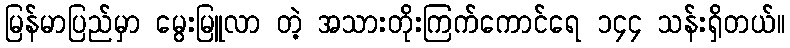
မြန်မာပြည်မှာ မွေးမြူလာ တဲ့ အသားတိုးကြက်ကောင်ရေ ၁၄၄ သန်းရှိတယ်။